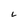
Character: L